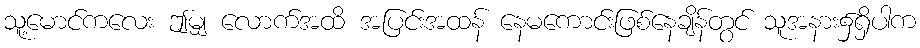
သူ့မောင်ကလေး ဤမျှ လောက်အထိ အပြင်းအထန် နေမကောင်းဖြစ်နေချိန်တွင် သူအနား၌ရှိပါက